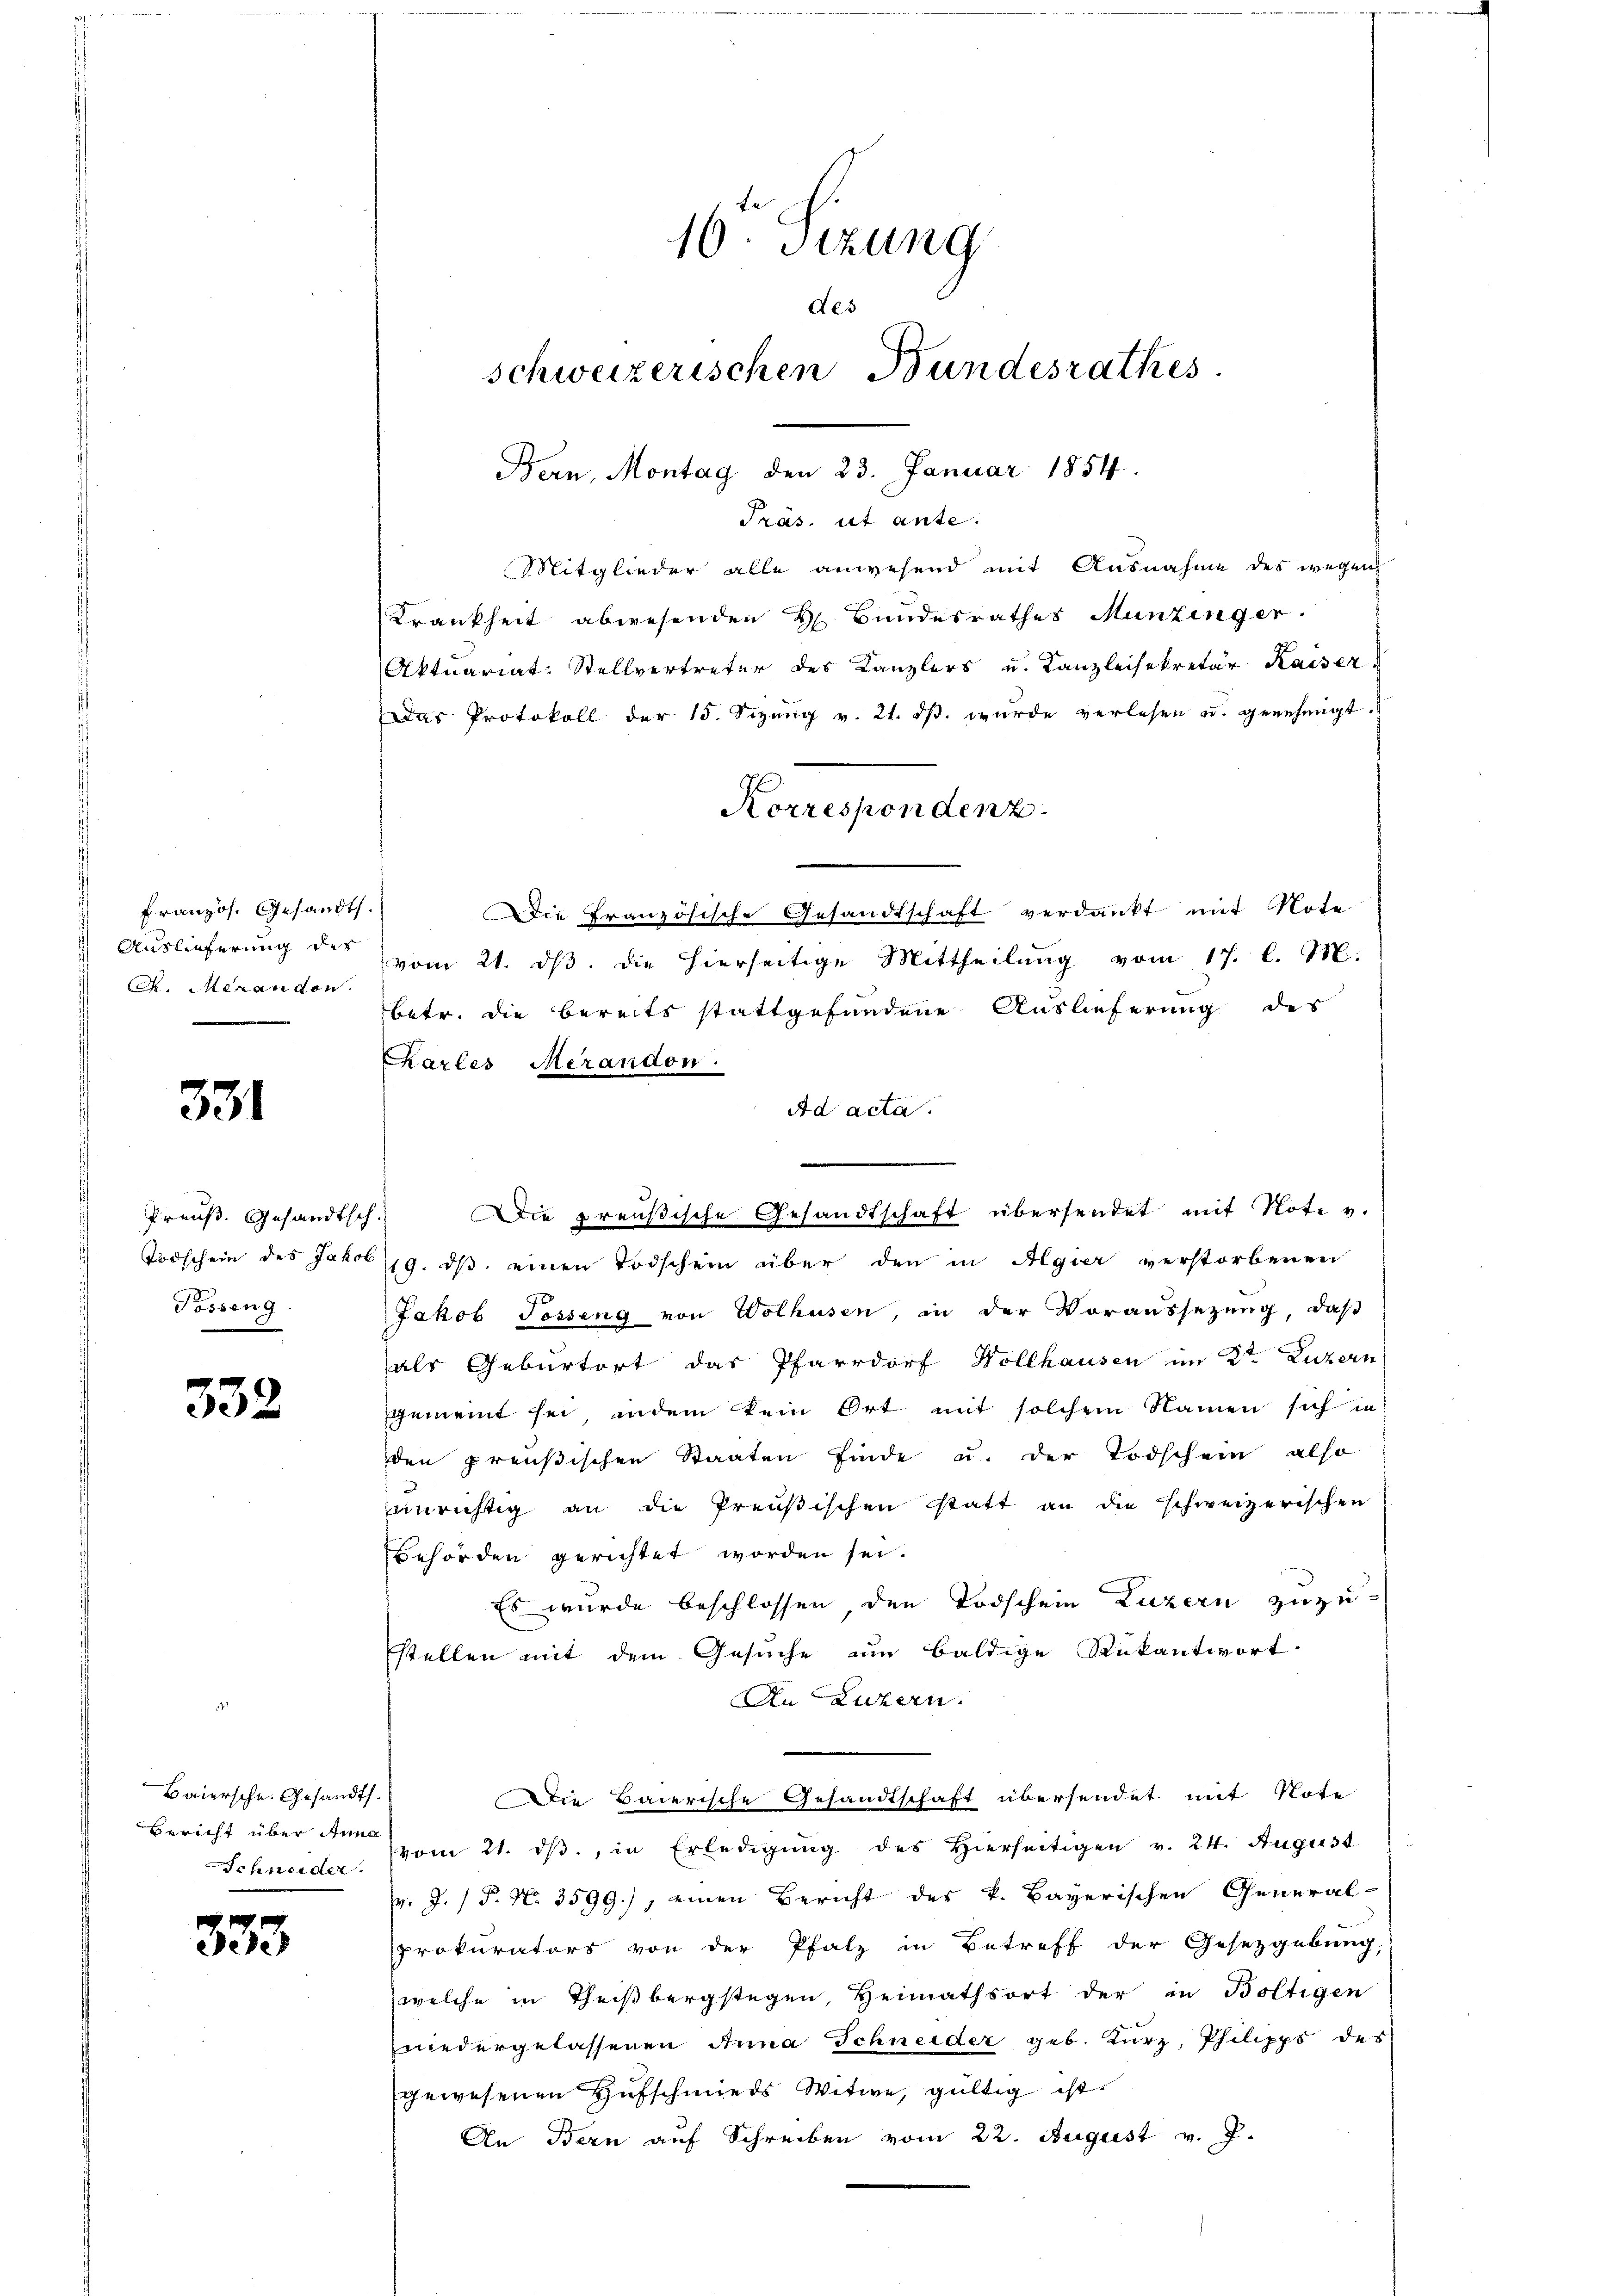
331

Französ. Gesandts.
Auslieferung des
. Meran den

Preuß. Gesandtsch.
Todschein des Jakob
Tosseng.

532

Baiersche. Gesandt.
Schneider

333

16. Sizung
des
schweizerischen Bundesrathes

Präs. ut ante.
Mitglieder alle anwesend mit Ausnahme des wegen
Krankheit abwesenden H. Bundesrathes Munzinger.
Aktuariat-Stellvertreter des Kanzlers u. Kanzleisekretär Kaiser
Das Protokoll der 15. Sizung v. 21. ds. wurde verlesen u. genehmigt.
Korrespondenz
die Französische Gesandtschaft verdankt mit Note
vom 21. dβ. die hierseitige Mittheilŭng vom 17. l. M.
betr. die bereits stattgefundene Auslieferung des
Karles Merandon.
Ad acta.
19. dβ einen Todschein über den in Algier verstorbenen
Jakob Tosseng von Wolhusen, in der Voraussezung, daß
als Geburtort das Pfarrdorf Vollhausen im 2ten Luzern
gemeint sei, indem kein Ort mit solchem Namen sich in
den preußischen Staaten finde u. der Todschein also
unrichtig an die Preußischen statt an die schweizerischen
Behörden gerichtet worden sei.
Es wurde beschlossen, den Todschein Luzern zuzustellen mit dem Gesuche um baldige Rükantwort.
An Luzern.
Die Baierische Gesandtschaft übersendet mit Note
Bericht über den vom 21. dβ, in Erledigŭng des hierseitigen v. 24. August
v. J. P. Nr. 3599), einen Bericht des v. Bayerischen General-
prokurators von der Pfalz in Betreff der Gesetzgebung,
welche in Theißbergstagen, Heimathsort der in Boltigen
niedergelassenen Anna Schneider geb. Kurz, Philipps des
gewesenen Hufschmieds Witwe, gültig ist.
An Bern auf Schreiben vom 22. August v. J.

Bern, Montag den 23. Januar 1854.

Die preußische Gesandtschaft übersendet mit Note v.